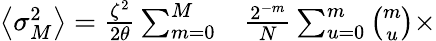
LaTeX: \begin{array}{rl}{\left\langle\sigma_{M}^{2}\right\rangle=\frac{\zeta^{2}}{2\theta}\sum_{m=0}^{M}}&{{}\frac{2^{-m}}{N}\sum_{u=0}^{m}\binom{m}{u}\times}\end{array}